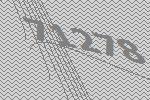
71278